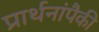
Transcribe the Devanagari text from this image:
प्रार्थनांपैकी